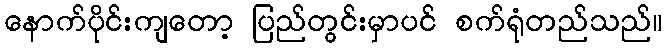
နောက်ပိုင်းကျတော့ ပြည်တွင်းမှာပင် စက်ရုံတည်သည်။